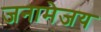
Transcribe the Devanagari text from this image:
जनामेजय